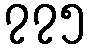
၇၇၅